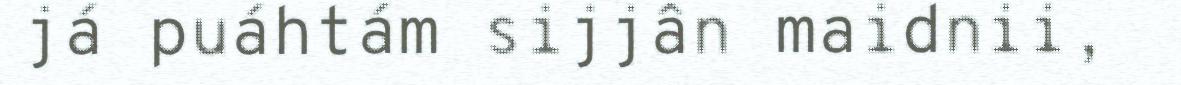
já puáhtám sijjân maidnii,